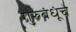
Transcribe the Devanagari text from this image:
गुरुबंधूंचे